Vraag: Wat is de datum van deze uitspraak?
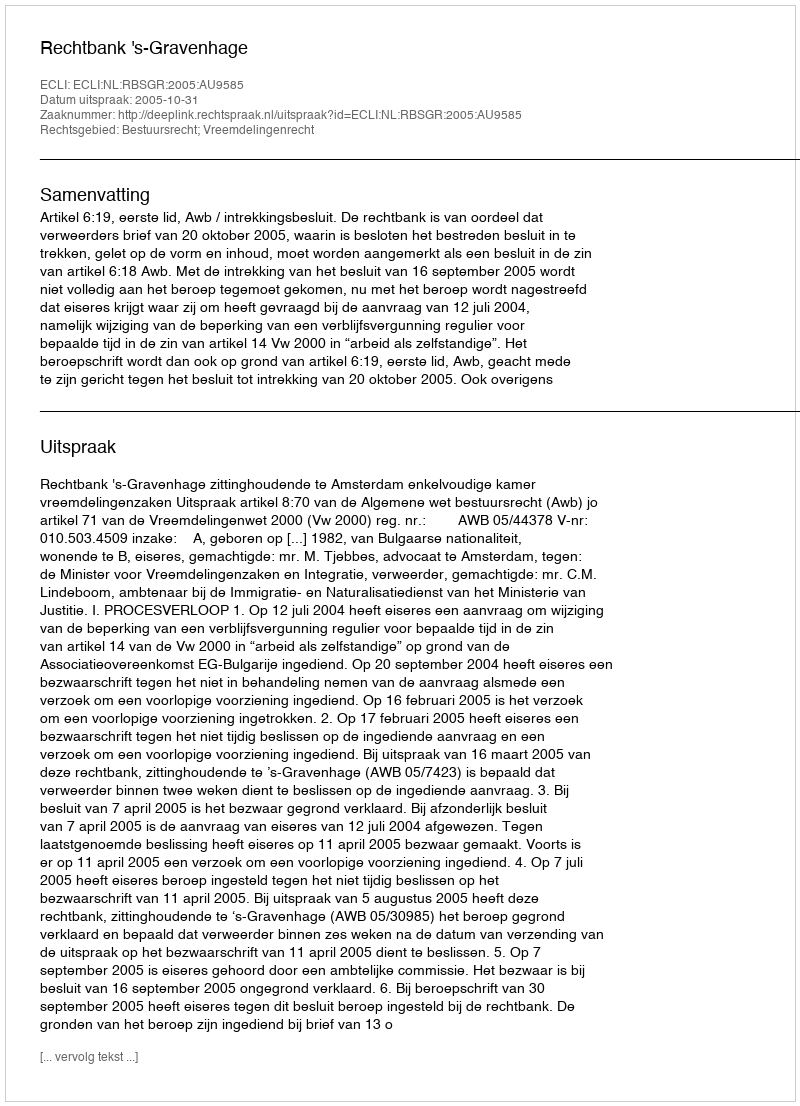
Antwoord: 2005-10-31